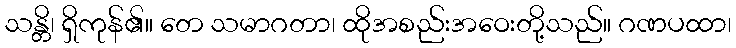
သန္တိ၊ ရှိကုန်၏။ တေ သမာဂတာ၊ ထိုအစည်းအဝေးတို့သည်။ ဂဏပထာ၊